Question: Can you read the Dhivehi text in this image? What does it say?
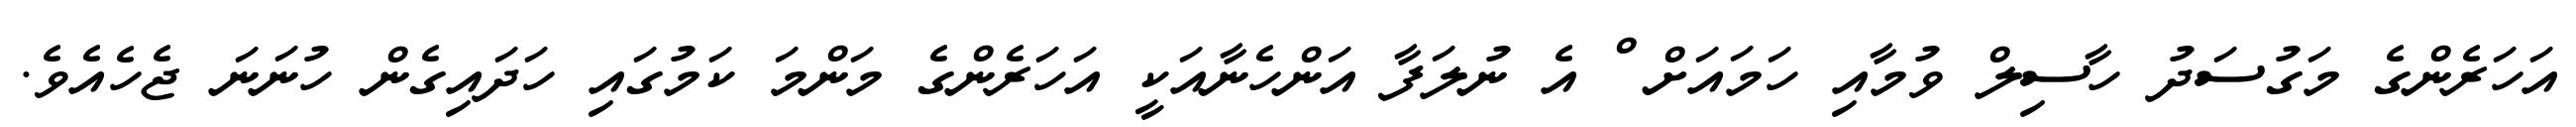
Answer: އަހަރެންގެ މަގުސަދު ހާސިލް ވުމާއި ހަމައަށް ް އެ ނުލަފާ އަންހެނާއަކީ އަހަރެންގެ މަންމަ ކަމުގައި ހަދައިގެން ހުނަނަ ޖެހެއެވެ.